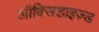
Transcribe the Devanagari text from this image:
ऑक्सिडाइज़्ड